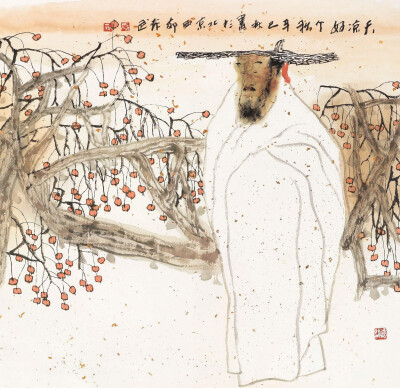
却道天凉好个秋！